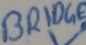
Text: BRIDGE